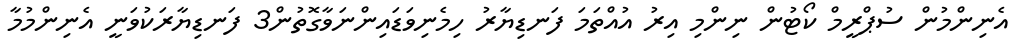
އެނިންމުން ސުޕްރީމް ކޯޓުން ނިންމި އިރު އުއްތަމަ ފަނޑިޔާރު ހިމެނިވަޑައިންނަވާގޮތުން3 ފަނޑިޔާރަކުވަނީ އެނިންމުމާ